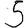
Digit: 5